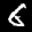
Label: 6